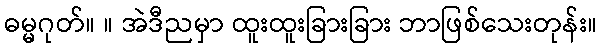
ဓမ္မဂုတ်။ ။ အဲဒီညမှာ ထူးထူးခြားခြား ဘာဖြစ်သေးတုန်း။